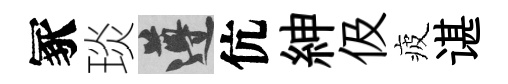
冢琰遵伉紳伋疲谌